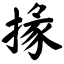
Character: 掾